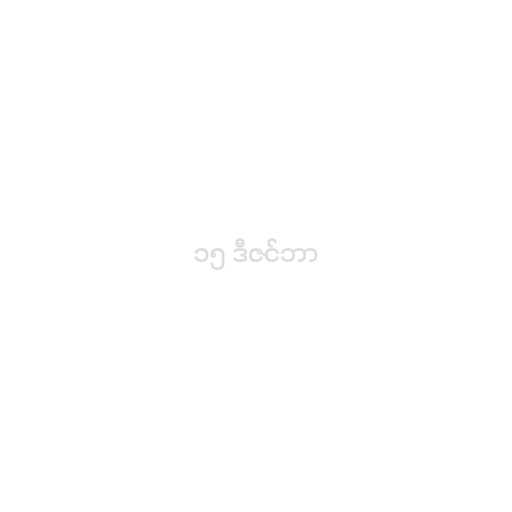
၁၅ ဒီဇင်ဘာ